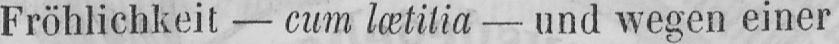
Fröhlichkeit - cum lætitia - und wegen einer